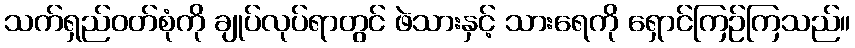
သက်ရှည်ဝတ်စုံကို ချုပ်လုပ်ရာတွင် ဖဲသားနှင့် သားရေကို ရှောင်ကြဉ်ကြသည်။